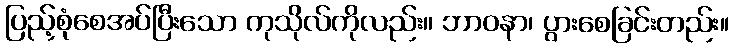
ပြည့်စုံစေအပ်ပြီးသော ကုသိုလ်ကိုလည်း။ ဘာဝနာ၊ ပွားစေခြင်းတည်း။